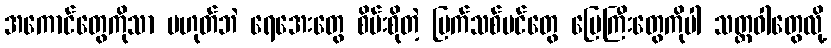
အကောင်တွေကိုသာ မဟုတ်ဘဲ ရေအေးတွေ စိမ်းစိုတဲ့ မြက်သစ်ပင်တွေ မြေကြီးတွေကိုပါ သတ္တဝါတွေလို့